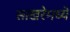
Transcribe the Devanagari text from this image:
साखरेमध्ये